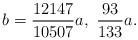
LaTeX: \begin{align*}b=\frac{12147}{10507}a,\ \frac{93}{133}a.\end{align*}